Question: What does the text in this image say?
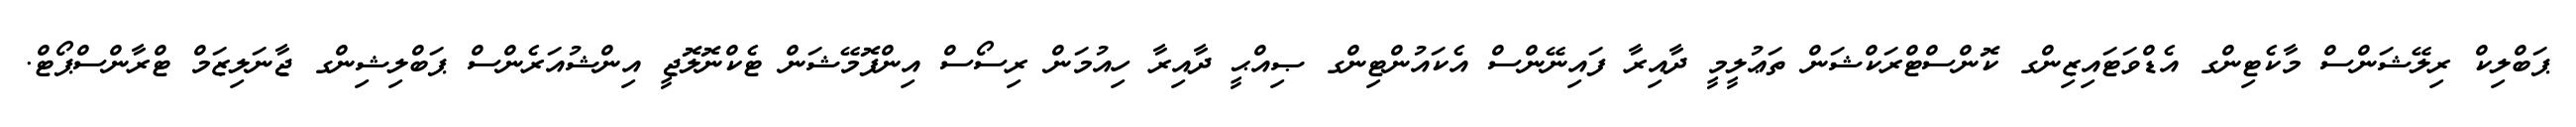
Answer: ޕަބްލިކް ރިލޭޝަންސް މާކެޓިންގ އެޑްވަޓައިޒިންގ ކޮންސްޓްރަކްޝަން ތަޢުލީމީ ދާއިރާ ފައިނޭންސް އެކައުންޓިންގ ޞިއްޙީ ދާއިރާ ހިއުމަން ރިސޯސް އިންފޮމޭޝަން ޓެކްނޮލޮޖީ އިންޝުއަރެންސް ޕަބްލިޝިންގ ޖާނަލިޒަމް ޓްރާންސްޕޯޓް.